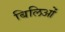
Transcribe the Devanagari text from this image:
बिलिओं